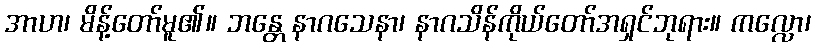
အာဟ၊ မိန့်တော်မူ၏။ ဘန္တေ နာဂသေနာ၊ နာဂသိန်ကိုယ်တော်အရှင်ဘုရား။ ကလ္လော၊